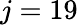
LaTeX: j=19